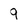
Character: 9